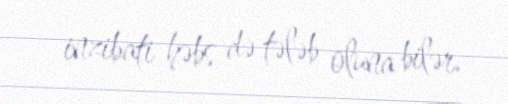
inzibati həbs də tələb oluna bilər.